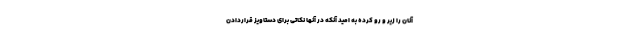
آنان را زیر و رو کرده به امید آنکه در آنها نکاتی برای دستاویز قراردادن